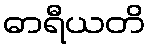
ဓာရီယတိ